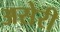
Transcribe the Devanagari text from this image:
असेरी